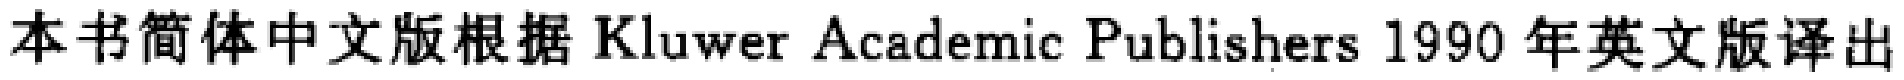
本书简体中文版根据Kluwer Academic Publishers 1990年英文版译出